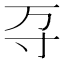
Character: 𭔩